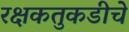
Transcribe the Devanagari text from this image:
रक्षकतुकडीचे